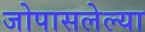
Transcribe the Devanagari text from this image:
जोपासलेल्या